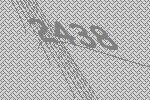
2438